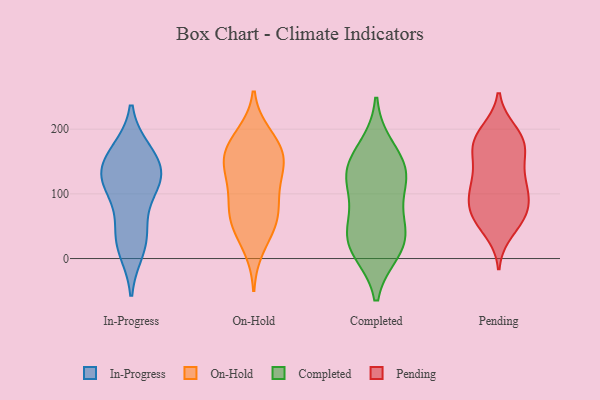
{"axis": {"x": "Backlog", "y": "Value"}, "legend": ["Completed", "In-Progress", "On-Hold", "Pending"], "data": [{"x": "", "y": 31, "type": "In-Progress"}, {"x": "", "y": 106, "type": "In-Progress"}, {"x": "", "y": 136, "type": "In-Progress"}, {"x": "", "y": 164, "type": "In-Progress"}, {"x": "", "y": 15, "type": "In-Progress"}, {"x": "", "y": 120, "type": "In-Progress"}, {"x": "", "y": 161, "type": "In-Progress"}, {"x": "", "y": 42, "type": "In-Progress"}, {"x": "", "y": 138, "type": "In-Progress"}, {"x": "", "y": 115, "type": "In-Progress"}, {"x": "", "y": 114, "type": "On-Hold"}, {"x": "", "y": 116, "type": "On-Hold"}, {"x": "", "y": 140, "type": "On-Hold"}, {"x": "", "y": 161, "type": "On-Hold"}, {"x": "", "y": 54, "type": "On-Hold"}, {"x": "", "y": 17, "type": "On-Hold"}, {"x": "", "y": 158, "type": "On-Hold"}, {"x": "", "y": 185, "type": "On-Hold"}, {"x": "", "y": 191, "type": "On-Hold"}, {"x": "", "y": 86, "type": "On-Hold"}, {"x": "", "y": 60, "type": "On-Hold"}, {"x": "", "y": 163, "type": "On-Hold"}, {"x": "", "y": 150, "type": "On-Hold"}, {"x": "", "y": 53, "type": "On-Hold"}, {"x": "", "y": 74, "type": "On-Hold"}, {"x": "", "y": 25, "type": "Completed"}, {"x": "", "y": 136, "type": "Completed"}, {"x": "", "y": 13, "type": "Completed"}, {"x": "", "y": 20, "type": "Completed"}, {"x": "", "y": 46, "type": "Completed"}, {"x": "", "y": 171, "type": "Completed"}, {"x": "", "y": 127, "type": "Completed"}, {"x": "", "y": 63, "type": "Completed"}, {"x": "", "y": 137, "type": "Completed"}, {"x": "", "y": 116, "type": "Completed"}, {"x": "", "y": 66, "type": "Pending"}, {"x": "", "y": 43, "type": "Pending"}, {"x": "", "y": 103, "type": "Pending"}, {"x": "", "y": 196, "type": "Pending"}, {"x": "", "y": 160, "type": "Pending"}, {"x": "", "y": 110, "type": "Pending"}, {"x": "", "y": 168, "type": "Pending"}, {"x": "", "y": 75, "type": "Pending"}, {"x": "", "y": 180, "type": "Pending"}, {"x": "", "y": 191, "type": "Pending"}, {"x": "", "y": 70, "type": "Pending"}, {"x": "", "y": 117, "type": "Pending"}, {"x": "", "y": 170, "type": "Pending"}, {"x": "", "y": 185, "type": "Pending"}, {"x": "", "y": 96, "type": "Pending"}, {"x": "", "y": 58, "type": "Pending"}, {"x": "", "y": 71, "type": "Pending"}, {"x": "", "y": 116, "type": "Pending"}, {"x": "", "y": 138, "type": "Pending"}]}